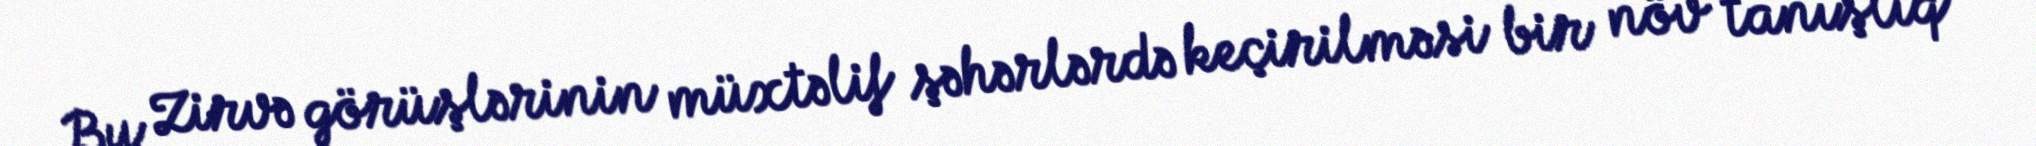
Bu Zirvə görüşlərinin müxtəlif şəhərlərdə keçirilməsi bir növ tanışlıq